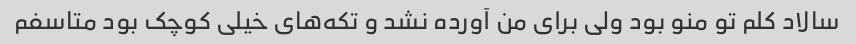
سالاد کلم تو منو بود ولی برای من آورده نشد و تکه‌های خیلی کوچک بود متاسفم